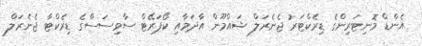
އެންޑް މޮނިޓަރިންގެ ޑިރެކްޓަރު ޖެނެރަލް ޝައްމޫން އާދަމާއި ކޯޕަރޭޓް ސާވިސަސްގެ ޑިރެކްޓާ ޖެނެރަލް